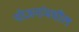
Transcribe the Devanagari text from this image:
योजनांमधील